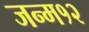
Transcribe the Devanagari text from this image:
जन्म१२